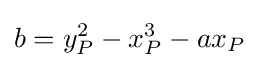
b=y_{P}^{2}-x_{P}^{3}-ax_{P}